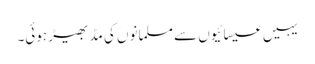
یہیں عیسائیوں سے مسلمانوں کی مڈ بھیڑ ہوئی۔